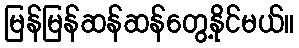
မြန်မြန်ဆန်ဆန်တွေ့နိုင်မယ်။